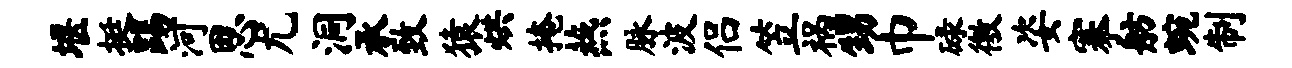
堰挺踢河思尤洞承致猿烘掩燕脉波侣笠祸甥巾碌徼姿搴舫蜿制